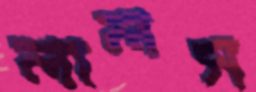
লালস